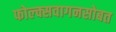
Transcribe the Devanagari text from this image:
फोल्क्सवागनसोबत